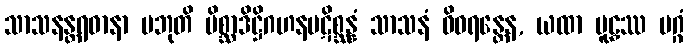
သာသနန္တရဓာနာ ပဘုတိ မိစ္ဆာဒိဋ္ဌိဂဟနပဋိစ္ဆန္နံ သာသနံ ဝိဝရန္တေန, ယထာ မူဠှဿ မဂ္ဂံ